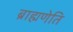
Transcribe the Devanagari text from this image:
ब्राह्मणेति